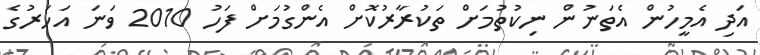
އަދި އެމީހުން އެތަނުން ނިކުތުމަށް ތަކުރާރުކޮށް އެންގުމަށް ފަހު 2010 ވަނަ އަހަރުގެ